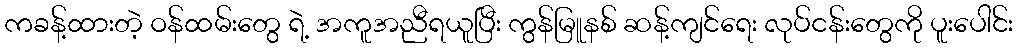
ကခန့်ထားတဲ့ ဝန်ထမ်းတွေ ရဲ့ အကူအညီရယူပြီး ကွန်မြူနစ် ဆန့်ကျင်ရေး လုပ်ငန်းတွေကို ပူးပေါင်း